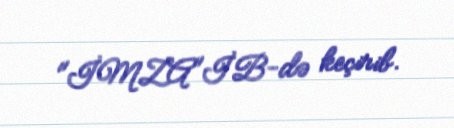
"İMZA"İB-də keçirib.